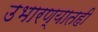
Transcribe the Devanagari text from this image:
उभारण्यातही